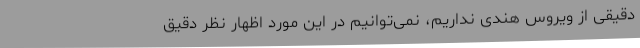
دقیقی از ویروس هندی نداریم، نمی‌توانیم در این مورد اظهار نظر دقیق